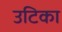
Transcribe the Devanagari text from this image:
उटिका